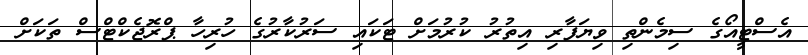
އެސްޓީއޯގެ ސިމެންތި ވިޔަފާރި އިތުރު ކުރުމަށް ޓަކައި ސަރުކާރުގެ ހުރިހާ ޕްރޮޖެކްޓްސް ތަކަށް